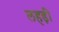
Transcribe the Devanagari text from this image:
लहड़ी